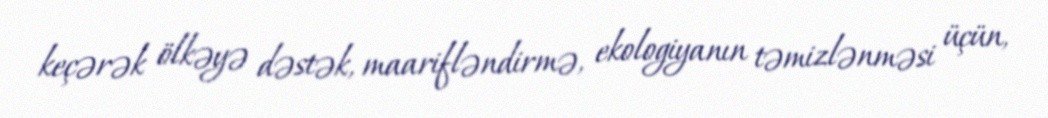
keçərək ölkəyə dəstək, maarifləndirmə, ekologiyanın təmizlənməsi üçün,